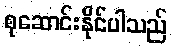
စုဆောင်းနိုင်ပါသည်